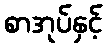
စာအုပ်နှင့်